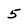
Character: 5